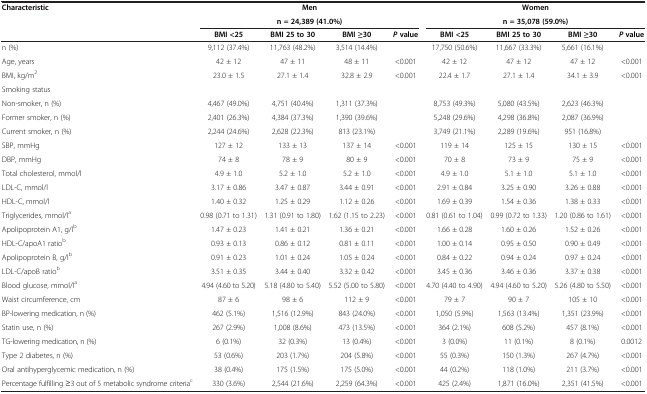
<table><thead><tr><td rowspan="2"><b>Characteristic</b></td><td colspan="4"><b>Men</b></td><td colspan="4"><b>Women</b></td></tr><tr><td colspan="4"><b>n = 24,389 (41.0%)</b></td><td colspan="4"><b>n = 35,078 (59.0%)</b></td></tr><tr><td><b> </b></td><td><b>BMI &lt;25</b></td><td><b>BMI 25 to 30</b></td><td><b>BMI ≥30</b></td><td><b><i>P</i>value</b></td><td><b>BMI &lt;25</b></td><td><b>BMI 25 to 30</b></td><td><b>BMI ≥30</b></td><td><b><i>P</i>value</b></td></tr></thead><tbody><tr><td>n (%)</td><td>9,112 (37.4%)</td><td>11,763 (48.2%)</td><td>3,514 (14.4%)</td><td> </td><td>17,750 (50.6%)</td><td>11,667 (33.3%)</td><td>5,661 (16.1%)</td><td> </td></tr><tr><td>Age, years</td><td>42 ± 12</td><td>47 ± 11</td><td>48 ± 11</td><td>&lt;0.001</td><td>42 ± 12</td><td>47 ± 12</td><td>47 ± 12</td><td>&lt;0.001</td></tr><tr><td>BMI, kg/m<sup>2</sup></td><td>23.0 ± 1.5</td><td>27.1 ± 1.4</td><td>32.8 ± 2.9</td><td>&lt;0.001</td><td>22.4 ± 1.7</td><td>27.1 ± 1.4</td><td>34.1 ± 3.9</td><td>&lt;0.001</td></tr><tr><td>Smoking status</td><td> </td><td> </td><td> </td><td> </td><td> </td><td> </td><td> </td><td> </td></tr><tr><td>Non-smoker, n (%)</td><td>4,467 (49.0%)</td><td>4,751 (40.4%)</td><td>1,311 (37.3%)</td><td> </td><td>8,753 (49.3%)</td><td>5,080 (43.5%)</td><td>2,623 (46.3%)</td><td> </td></tr><tr><td>Former smoker, n (%)</td><td>2,401 (26.3%)</td><td>4,384 (37.3%)</td><td>1,390 (39.6%)</td><td> </td><td>5,248 (29.6%)</td><td>4,298 (36.8%)</td><td>2,087 (36.9%)</td><td> </td></tr><tr><td>Current smoker, n (%)</td><td>2,244 (24.6%)</td><td>2,628 (22.3%)</td><td>813 (23.1%)</td><td> </td><td>3,749 (21.1%)</td><td>2,289 (19.6%)</td><td>951 (16.8%)</td><td> </td></tr><tr><td>SBP, mmHg</td><td>127 ± 12</td><td>133 ± 13</td><td>137 ± 14</td><td>&lt;0.001</td><td>119 ± 14</td><td>125 ± 15</td><td>130 ± 15</td><td>&lt;0.001</td></tr><tr><td>DBP, mmHg</td><td>74 ± 8</td><td>78 ± 9</td><td>80 ± 9</td><td>&lt;0.001</td><td>70 ± 8</td><td>73 ± 9</td><td>75 ± 9</td><td>&lt;0.001</td></tr><tr><td>Total cholesterol, mmol/l</td><td>4.9 ± 1.0</td><td>5.2 ± 1.0</td><td>5.2 ± 1.0</td><td>&lt;0.001</td><td>4.9 ± 1.0</td><td>5.1 ± 1.0</td><td>5.1 ± 1.0</td><td>&lt;0.001</td></tr><tr><td>LDL-C, mmol/l</td><td>3.17 ± 0.86</td><td>3.47 ± 0.87</td><td>3.44 ± 0.91</td><td>&lt;0.001</td><td>2.91 ± 0.84</td><td>3.25 ± 0.90</td><td>3.26 ± 0.88</td><td>&lt;0.001</td></tr><tr><td>HDL-C, mmol/l</td><td>1.40 ± 0.32</td><td>1.25 ± 0.29</td><td>1.12 ± 0.26</td><td>&lt;0.001</td><td>1.69 ± 0.39</td><td>1.54 ± 0.36</td><td>1.38 ± 0.33</td><td>&lt;0.001</td></tr><tr><td>Triglycerides, mmol/l<sup>a</sup></td><td>0.98 (0.71 to 1.31)</td><td>1.31 (0.91 to 1.80)</td><td>1.62 (1.15 to 2.23)</td><td>&lt;0.001</td><td>0.81 (0.61 to 1.04)</td><td>0.99 (0.72 to 1.33)</td><td>1.20 (0.86 to 1.61)</td><td>&lt;0.001</td></tr><tr><td>Apolipoprotein A1, g/l<sup>b</sup></td><td>1.47 ± 0.23</td><td>1.41 ± 0.21</td><td>1.36 ± 0.21</td><td>&lt;0.001</td><td>1.66 ± 0.28</td><td>1.60 ± 0.26</td><td>1.52 ± 0.26</td><td>&lt;0.001</td></tr><tr><td>HDL-C/apoA1 ratio<sup>b</sup></td><td>0.93 ± 0.13</td><td>0.86 ± 0.12</td><td>0.81 ± 0.11</td><td>&lt;0.001</td><td>1.00 ± 0.14</td><td>0.95 ± 0.50</td><td>0.90 ± 0.49</td><td>&lt;0.001</td></tr><tr><td>Apolipoprotein B, g/l<sup>b</sup></td><td>0.91 ± 0.23</td><td>1.01 ± 0.24</td><td>1.05 ± 0.24</td><td>&lt;0.001</td><td>0.84 ± 0.22</td><td>0.94 ± 0.24</td><td>0.97 ± 0.24</td><td>&lt;0.001</td></tr><tr><td>LDL-C/apoB ratio<sup>b</sup></td><td>3.51 ± 0.35</td><td>3.44 ± 0.40</td><td>3.32 ± 0.42</td><td>&lt;0.001</td><td>3.45 ± 0.36</td><td>3.46 ± 0.36</td><td>3.37 ± 0.38</td><td>&lt;0.001</td></tr><tr><td>Blood glucose, mmol/l<sup>a</sup></td><td>4.94 (4.60 to 5.20)</td><td>5.18 (4.80 to 5.40)</td><td>5.52 (5.00 to 5.80)</td><td>&lt;0.001</td><td>4.70 (4.40 to 4.90)</td><td>4.94 (4.60 to 5.20)</td><td>5.26 (4.80 to 5.50)</td><td>&lt;0.001</td></tr><tr><td>Waist circumference, cm</td><td>87 ± 6</td><td>98 ± 6</td><td>112 ± 9</td><td>&lt;0.001</td><td>79 ± 7</td><td>90 ± 7</td><td>105 ± 10</td><td>&lt;0.001</td></tr><tr><td>BP-lowering medication, n (%)</td><td>462 (5.1%)</td><td>1,516 (12.9%)</td><td>843 (24.0%)</td><td>&lt;0.001</td><td>1,050 (5.9%)</td><td>1,563 (13.4%)</td><td>1,351 (23.9%)</td><td>&lt;0.001</td></tr><tr><td>Statin use, n (%)</td><td>267 (2.9%)</td><td>1,008 (8.6%)</td><td>473 (13.5%)</td><td>&lt;0.001</td><td>364 (2.1%)</td><td>608 (5.2%)</td><td>457 (8.1%)</td><td>&lt;0.001</td></tr><tr><td>TG-lowering medication, n (%)</td><td>6 (0.1%)</td><td>32 (0.3%)</td><td>13 (0.4%)</td><td>&lt;0.001</td><td>3 (0.0%)</td><td>11 (0.1%)</td><td>8 (0.1%)</td><td>0.0012</td></tr><tr><td>Type 2 diabetes, n (%)</td><td>53 (0.6%)</td><td>203 (1.7%)</td><td>204 (5.8%)</td><td>&lt;0.001</td><td>55 (0.3%)</td><td>150 (1.3%)</td><td>267 (4.7%)</td><td>&lt;0.001</td></tr><tr><td>Oral antihyperglycemic medication, n (%)</td><td>38 (0.4%)</td><td>175 (1.5%)</td><td>175 (5.0%)</td><td>&lt;0.001</td><td>44 (0.2%)</td><td>118 (1.0%)</td><td>211 (3.7%)</td><td>&lt;0.001</td></tr><tr><td>Percentage fulfilling ≥3 out of 5 metabolic syndrome criteria<sup>c</sup></td><td>330 (3.6%)</td><td>2,544 (21.6%)</td><td>2,259 (64.3%)</td><td>&lt;0.001</td><td>425 (2.4%)</td><td>1,871 (16.0%)</td><td>2,351 (41.5%)</td><td>&lt;0.001</td></tr></tbody></table>